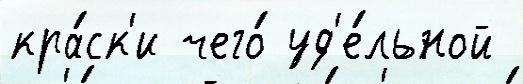
кра́ск'и чего́ уд'е́льной